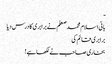
ـ
بانی اسلام محمد صعلم نے برابری کا درس دیا
برابری قائم کی
بخاری صاحب نے لکھا ہے !